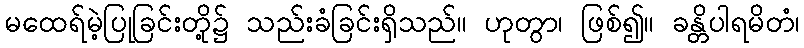
မထေရ်မဲ့ပြုခြင်းတို့၌ သည်းခံခြင်းရှိသည်။ ဟုတွာ၊ ဖြစ်၍။ ခန္တိပါရမိတံ၊